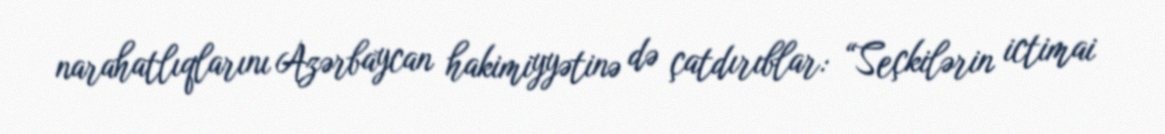
narahatlıqlarını Azərbaycan hakimiyyətinə də çatdırıblar: “Seçkilərin ictimai